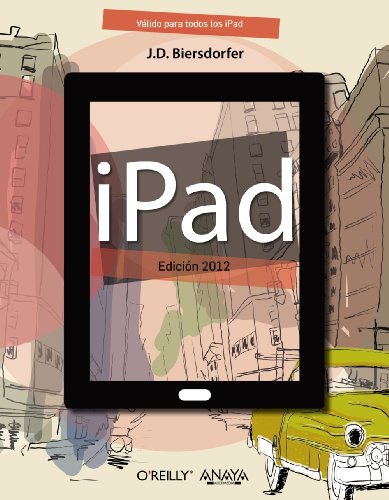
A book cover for iPad. Edicion 2012 (Spanish Edition); J.D. Biersdorfer; Computers & Technology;